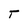
Character: T